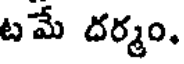
టమే దర్మం,